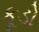
કૂડો